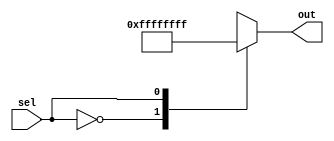
module mux2to1_32bit_01mux(sel, out);
	input sel;
	output reg[31:0] out;
	
	always @(*)begin
		case(sel)
		0: out = 32'b0;
		1: out = 32'hffffffff;
		endcase
	end
endmodule